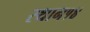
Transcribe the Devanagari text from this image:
स्थान१४